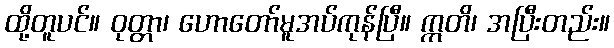
ထို့တူပင်။ ဝုတ္တာ၊ ဟောတော်မူအပ်ကုန်ပြီ။ ဣတိ၊ အပြီးတည်း။